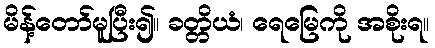
မိန့်တော်မူပြီး၍။ ခတ္တိယံ၊ ရေမြေကို အစိုးရ။